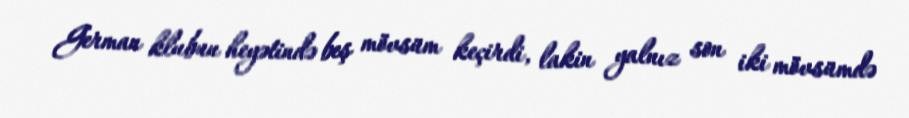
German klubun heyətində beş mövsüm keçirdi, lakin yalnız son iki mövsümdə